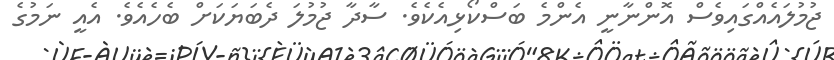
ޖުމުލައެއްގައިވެސް އޮންނާނީ އެންމެ ބަސްކޯޅިއެކެވެ. ސާދާ ޖުމުލަ ދެބަޔަކަށް ބެހެއެވެ. އެއީ ނަމުގެ